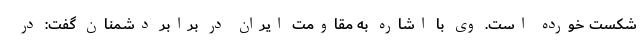
شکست خورده است. وی با اشاره به مقاومت ایران در برابر دشمنان گفت: در